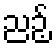
ညဉ့်